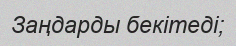
Заңдарды бекітеді;